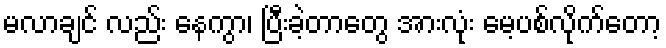
မလာချင် လည်း နေကွာ၊ ပြီးခဲ့တာတွေ အားလုံး မေ့ပစ်လိုက်တော့